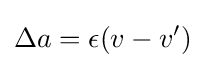
\Delta a=\epsilon (v-v')